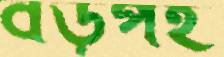
বড়পই